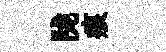
陇痕